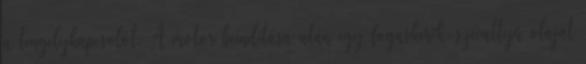
a tengelykapcsolót. A motor beindítása után egy fogaskerék-szívattyú olajat